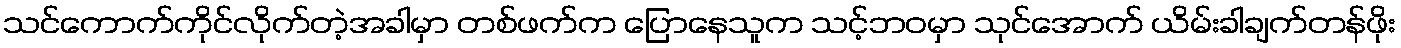
သင်ကောက်ကိုင်လိုက်တဲ့အခါမှာ တစ်ဖက်က ပြောနေသူက သင့်ဘဝမှာ သုင်အောက် ယိမ်းခါချက်တန်ဖိုး